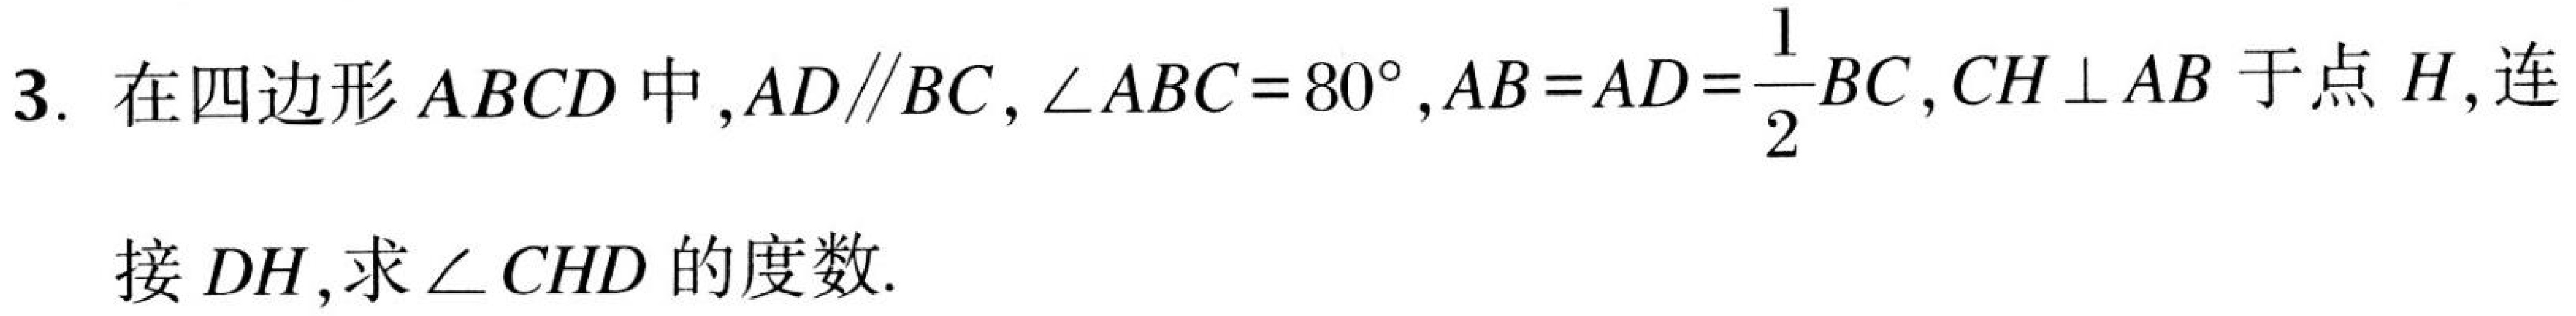
3. 在四边形 \(ABCD\) 中,\(AD\parallel BC\), \(\angle ABC = 80^{\circ}\), \(AB = AD=\frac{1}{2}BC\), \(CH\perp AB\) 于点 \(H\),连
接 \(DH\),求 \(\angle CHD\) 的度数.